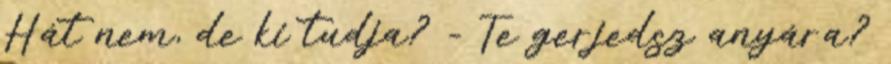
Hát nem, de ki tudja? - Te gerjedsz anyára?